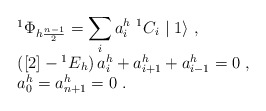
\begin{align*}\begin{array}{rcl}& &{^1\Phi}_{h\frac{n-1}{2}}=\displaystyle\sum_ia_i^h~{^1C}_i\mid1\rangle~,\\& &\left([2]-{^1E}_h\right)a_i^h+a_{i+1}^h+a_{i-1}^h=0~,\\& &a_0^h=a_{n+1}^h=0~.\end{array}\end{align*}